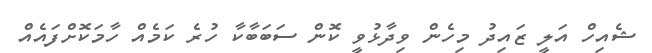
ޝެއިހް އަލީ ޒައިދު މިހެން ވިދާޅުވީ ކޮން ސަބަބާކާ ހުރެ ކަމެއް ހާމަކޮށްފައެއް